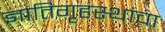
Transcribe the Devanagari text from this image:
ज्ञातिगृहस्थांचा